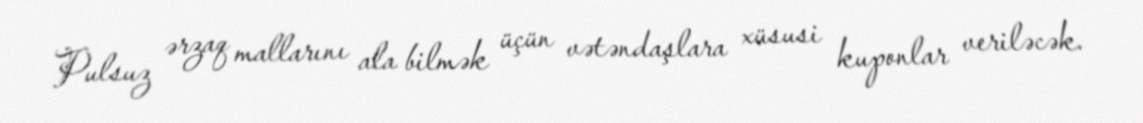
Pulsuz ərzaq mallarını ala bilmək üçün vətəndaşlara xüsusi kuponlar veriləcək.